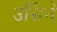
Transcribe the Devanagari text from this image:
उर्सिने